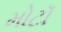
મોટૉ